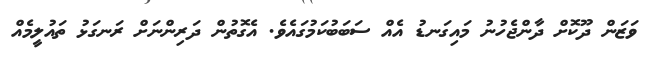
ވަޒަން ދޫކޮށް ދާންޖެހުނު މައިގަނޑު އެއް ސަބަބުކަމުގައެވެ. އެގޮތުން ދަރިންނަށް ރަނގަޅު ތައުލީމެއް